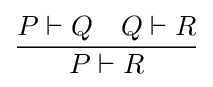
{\frac {P\vdash Q\quad Q\vdash R}{P\vdash R}}